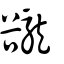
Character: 豅